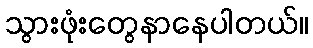
သွားဖုံးတွေနာနေပါတယ်။